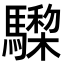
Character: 𩦅